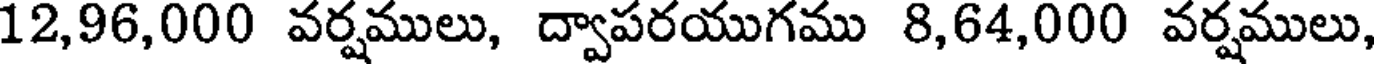
12,96,000 వర్షములు, ద్వాపరయుగము 8,64,000 వర్షములు,